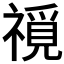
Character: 𥛟